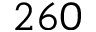
2 6 0